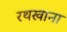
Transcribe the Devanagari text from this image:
रथखाना